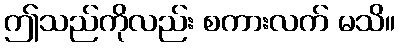
ဤသည်ကိုလည်း စကားလက် မသိ။